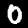
Label: 0